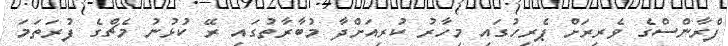
ފްރާންސްގެ ވެރިރަށް ޕެރިހުގައި މިހާރު ކުރިއަށްދާ މުބާރާތުގައި ރޭ ކުޅުނު މެޗްގެ ފުރަތަމަ